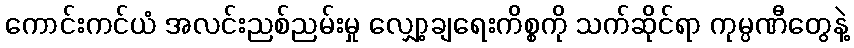
ကောင်းကင်ယံ အလင်းညစ်ညမ်းမှု လျှော့ချရေးကိစ္စကို သက်ဆိုင်ရာ ကုမ္ပဏီတွေနဲ့